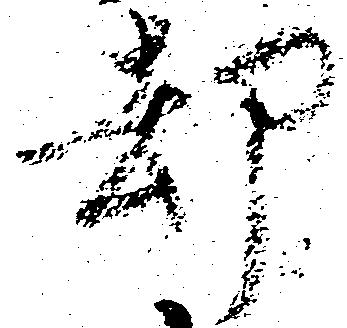
却